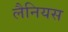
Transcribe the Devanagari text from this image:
लैनियस